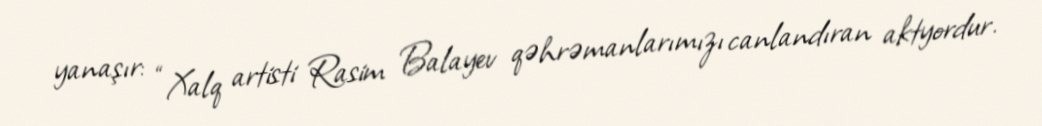
yanaşır: “Xalq artisti Rasim Balayev qəhrəmanlarımızı canlandıran aktyordur.